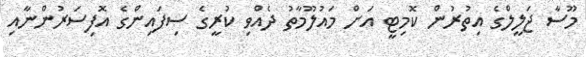
މޫސާ ޖަލީލްގެ އިތުރުން ކޮމިޓީ އަށް މައުލޫމާތު ދެއްވި ކުރީގެ ސިފައިންގެ އޮފިސަރުންނާއި